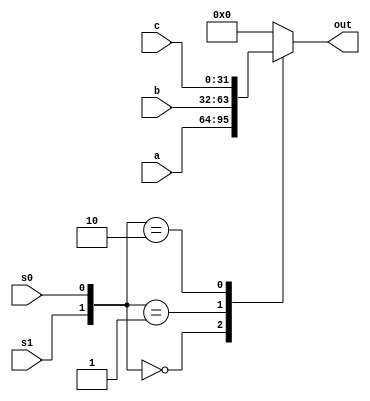
`timescale 1ns / 1ns

module mux3x1(a,b,c,s0,s1,out);

input [31:0] a,b,c;
input s0, s1;
output reg [31:0] out;
wire [1:0] t;
assign t= {s1,s0};


always@(*)
begin

case (t)
2'b00 : out <= a;
2'b01 : out <= b;
2'b10 : out <= c;
default : out <= 0;
endcase

end

endmodule